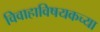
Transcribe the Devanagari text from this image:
विवाहाविषयकच्या